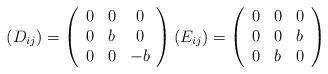
LaTeX: \begin{align*} \left( D_{ij} \right)= \left( \begin{array}{ccc}0 & 0 & 0 \\0 & b & 0 \\0 & 0 & -b \end{array} \right) \left( E_{ij} \right)= \left( \begin{array}{ccc}0 & 0 & 0 \\0 & 0 & b \\0 & b & 0 \end{array} \right) \end{align*}